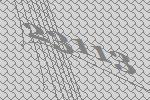
23113